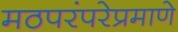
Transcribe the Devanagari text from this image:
मठपरंपरेप्रमाणे